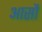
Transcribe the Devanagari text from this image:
आसौं